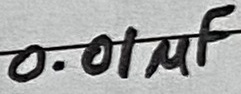
Text: 0.01µF